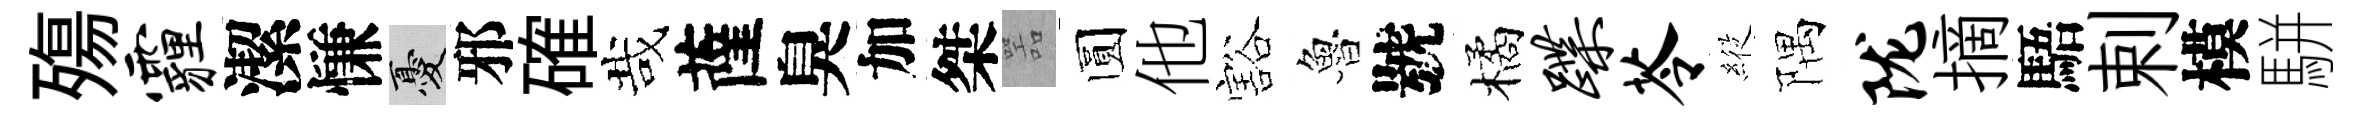
殤霾潔慊憂邪確哉薩臭加桀噐圆他豁魯號橘蹀苓𦂵隅陇摘䮏剌模駢